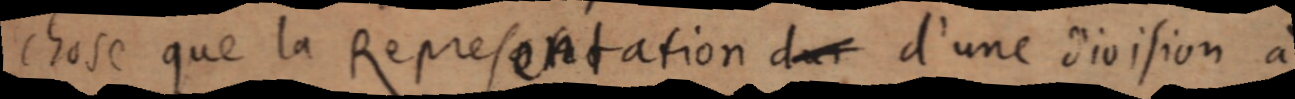
chose que la Représentation d’un d’une division à